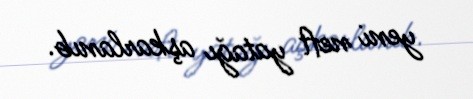
yeni neft yatağı aşkarlanıb.